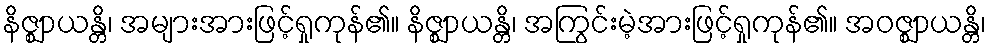
နိဇ္ဈာယန္တိ၊ အများအားဖြင့်ရှုကုန်၏။ နိဇ္ဈာယန္တိ၊ အကြွင်းမဲ့အားဖြင့်ရှုကုန်၏။ အဝဇ္ဈာယန္တိ၊